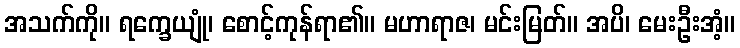
အသက်ကို။ ရက္ခေယျုံ၊ စောင့်ကုန်ရာ၏။ မဟာရာဇ၊ မင်းမြတ်။ အပိ၊ မေးဦးအံ့။